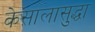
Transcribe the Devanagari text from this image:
केसालासुद्धा